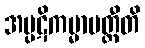
အပ္ပဋိကမ္မာပတ္တီတိ